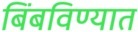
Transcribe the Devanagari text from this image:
बिंबविण्यात